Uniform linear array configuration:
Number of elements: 4
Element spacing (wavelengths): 1
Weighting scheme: hamming
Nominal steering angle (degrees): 45
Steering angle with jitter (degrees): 44.838
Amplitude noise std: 0.05
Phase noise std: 0.05

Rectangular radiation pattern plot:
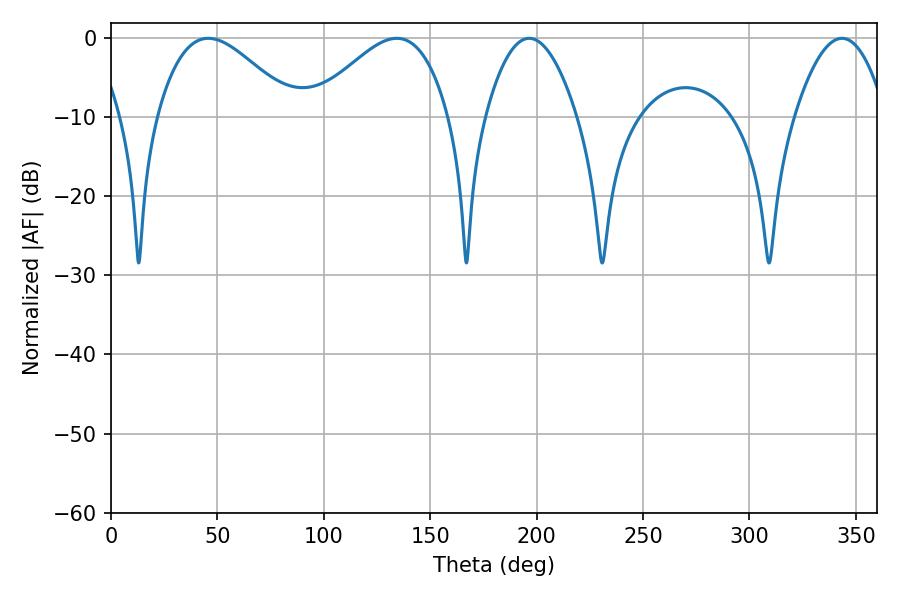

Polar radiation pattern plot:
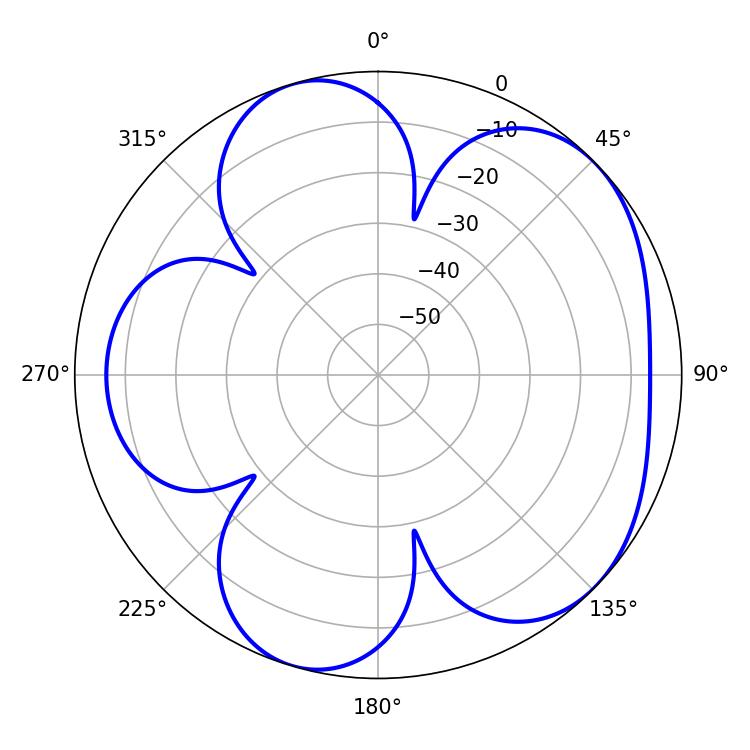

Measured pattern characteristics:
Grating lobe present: TRUE
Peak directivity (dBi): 5.191
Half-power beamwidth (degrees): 34.56
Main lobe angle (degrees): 45.72